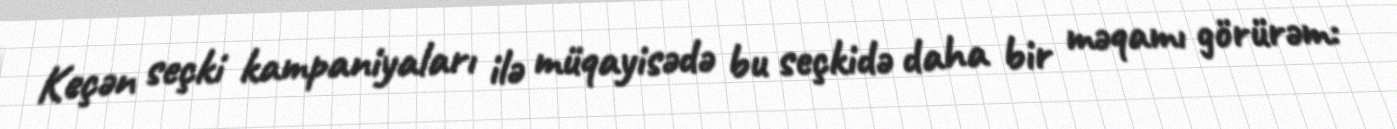
Keçən seçki kampaniyaları ilə müqayisədə bu seçkidə daha bir məqamı görürəm: